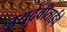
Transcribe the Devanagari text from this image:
जयदेवीताईचे